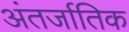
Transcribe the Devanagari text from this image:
अंतर्जातिक